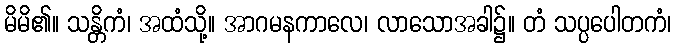
မိမိ၏။ သန္တိကံ၊ အထံသို့။ အာဂမနကာလေ၊ လာသောအခါ၌။ တံ သပ္ပပေါတကံ၊